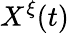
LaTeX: X^{\xi}(t)